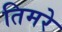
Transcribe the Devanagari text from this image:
तिमरे